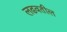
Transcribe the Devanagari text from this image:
लढवतील